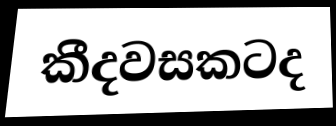
කීදවසකටද